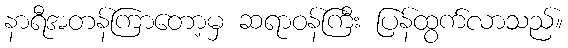
နာရီအတန်ကြာတော့မှ ဆရာဝန်ကြီး ပြန်ထွက်လာသည်။